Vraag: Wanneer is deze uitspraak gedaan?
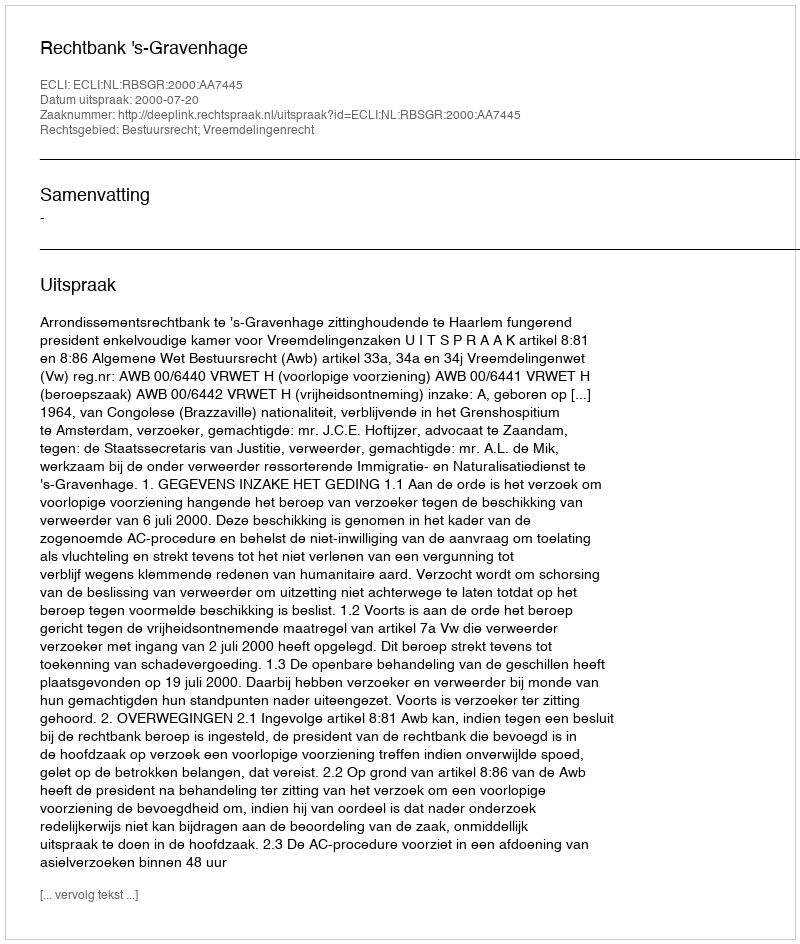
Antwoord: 2000-07-20